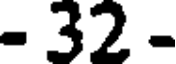
- 32 -